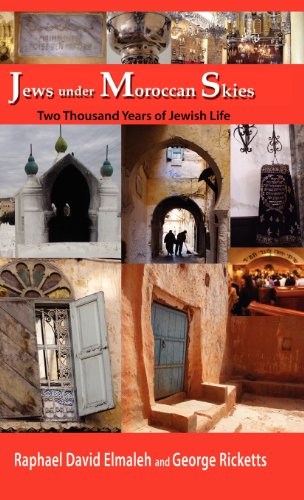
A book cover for Jews under Moroccan Skies: Two Thousand Years of Jewish Life; Raphael David Elmaleh; Travel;